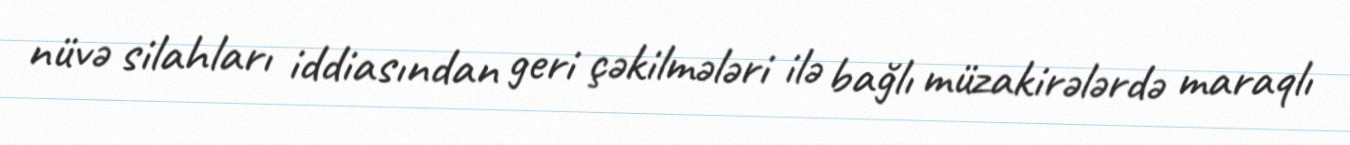
nüvə silahları iddiasından geri çəkilmələri ilə bağlı müzakirələrdə maraqlı